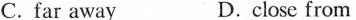
C. far away D.close from